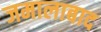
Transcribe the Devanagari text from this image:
जमालाबाद